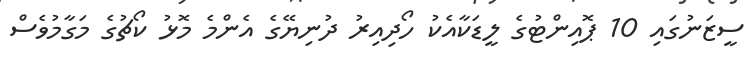
ސީޒަނުގައި 10 ޕޮއިންޓުގެ ލީޑަކާއެކު ހޯދިއިރު ދުނިޔޭގެ އެންމެ މޮޅު ކޯޗުގެ މަގާމުވެސް